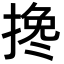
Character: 搀